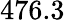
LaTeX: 476.3